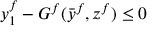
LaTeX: y _ { 1 } ^ { f } - G ^ { f } ( { \bar { y } } ^ { f } , z ^ { f } ) \leq 0